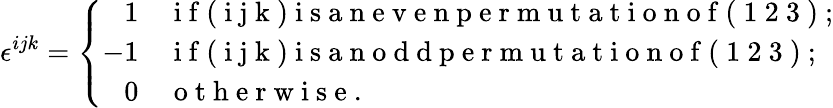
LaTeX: \epsilon^{ijk}=\left\{ \begin{array}{rl}{1}&{\mathrm{~i~f~(~i~j~k~)~i~s~a~n~e~v~e~n~p~e~r~m~u~t~a~t~i~o~n~o~f~(~1~2~3~)~};}\\ {-1}&{\mathrm{~i~f~(~i~j~k~)~i~s~a~n~o~d~d~p~e~r~m~u~t~a~t~i~o~n~o~f~(~1~2~3~)~};}\\ {0}&{\mathrm{~o~t~h~e~r~w~i~s~e~}.}\end{array}\right.